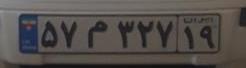
۵۷م۳۲۷۱۹